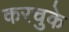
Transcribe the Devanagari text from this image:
करचुके